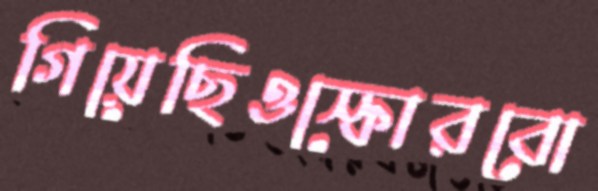
গিয়েছিওস্কোরবো